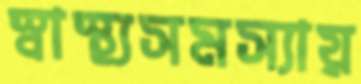
স্বাস্থ্যসমস্যায়